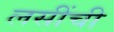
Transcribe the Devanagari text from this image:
लसींची